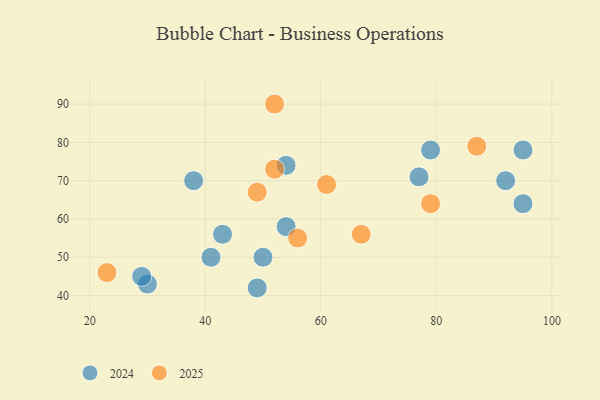
{"axis": {"x": "GDP", "y": "Life Expectancy"}, "legend": ["2024", "2025"], "data": [{"x": "79", "y": 78, "type": "2024"}, {"x": "30", "y": 43, "type": "2024"}, {"x": "41", "y": 50, "type": "2024"}, {"x": "77", "y": 71, "type": "2024"}, {"x": "95", "y": 78, "type": "2024"}, {"x": "95", "y": 64, "type": "2024"}, {"x": "54", "y": 74, "type": "2024"}, {"x": "43", "y": 56, "type": "2024"}, {"x": "29", "y": 45, "type": "2024"}, {"x": "54", "y": 58, "type": "2024"}, {"x": "50", "y": 50, "type": "2024"}, {"x": "49", "y": 42, "type": "2024"}, {"x": "92", "y": 70, "type": "2024"}, {"x": "38", "y": 70, "type": "2024"}, {"x": "52", "y": 73, "type": "2025"}, {"x": "49", "y": 67, "type": "2025"}, {"x": "87", "y": 79, "type": "2025"}, {"x": "23", "y": 46, "type": "2025"}, {"x": "67", "y": 56, "type": "2025"}, {"x": "52", "y": 90, "type": "2025"}, {"x": "79", "y": 64, "type": "2025"}, {"x": "56", "y": 55, "type": "2025"}, {"x": "61", "y": 69, "type": "2025"}]}